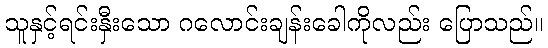
သူနှင့်ရင်းနှီးသော ဂလောင်းချန်းခေါကိုလည်း ပြောသည်။